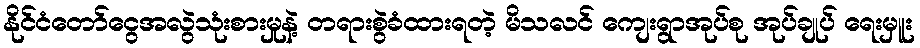
နိုင်ငံတော်ငွေအလွဲသုံးစားမှုနဲ့ တရားစွဲခံထားရတဲ့ မိသလင် ကျေးရွာအုပ်စု အုပ်ချုပ် ရေးမှူး